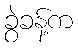
ခွဲခန့်က